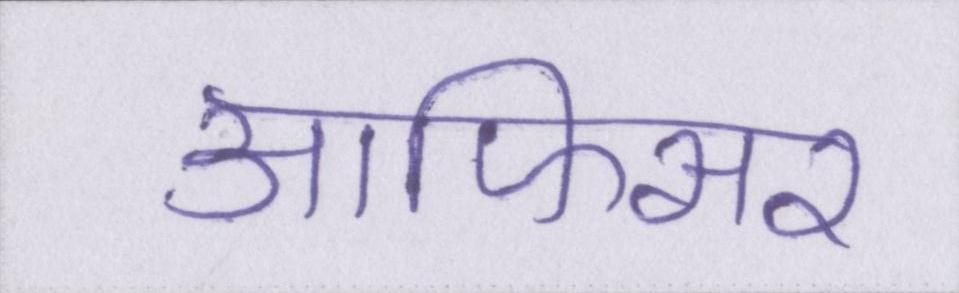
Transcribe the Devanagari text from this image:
आफिसर